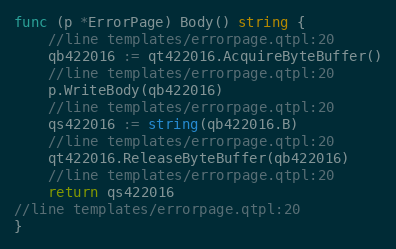
Language: Go
func (p *ErrorPage) Body() string {
	//line templates/errorpage.qtpl:20
	qb422016 := qt422016.AcquireByteBuffer()
	//line templates/errorpage.qtpl:20
	p.WriteBody(qb422016)
	//line templates/errorpage.qtpl:20
	qs422016 := string(qb422016.B)
	//line templates/errorpage.qtpl:20
	qt422016.ReleaseByteBuffer(qb422016)
	//line templates/errorpage.qtpl:20
	return qs422016
//line templates/errorpage.qtpl:20
}